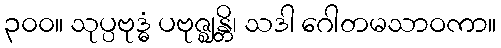
၃၀၀။ သုပ္ပဗုဒ္ဓံ ပဗုဇ္ဈန္တိ၊ သဒါ ဂေါတမသာဝကာ။